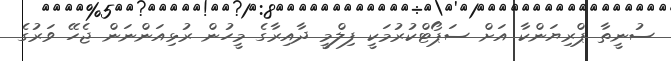
ސުނީތާ ޕްރިޔަންކާ އަށް ސަޕޯޓްކުރުމަކީ ފިލްމީ ދާއިރާގެ މީހުން ރުޅިއަންނަން ޖެހޭ ވަރުގެ